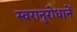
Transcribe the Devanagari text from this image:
स्वरानुरोधानें